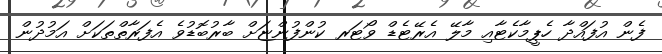
ފެން އުފައްދާ ހެޕީމާކެޓާއި މާލޭ އެރޭޓެޑް ވޯޓަރ ކުންފުންޏަށް ބާރުބޮޑުވެ އެފަރާތްތަކަށް އަމުދުން